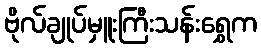
ဗိုလ်ချုပ်မှူးကြီးသန်းရွှေက